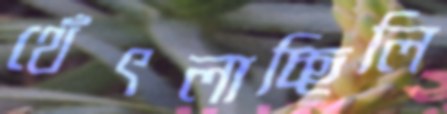
থেঁৎলাচ্ছিলি